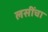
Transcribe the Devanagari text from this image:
लसींचा